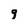
Character: 9